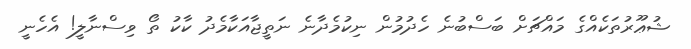
ޝުޢޫރުތަކެއްގެ މައްޗަށް ބަސްބުނެ ހެދުމުން ނިކުމެދާނެ ނަތީޖާއަކާމެދު ކާކު ތޯ ވިސްނާލީ! އެހެނީ